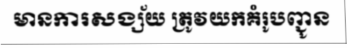
មានការសង្ស័យ ត្រូវយកគំរូបញ្ជូន